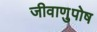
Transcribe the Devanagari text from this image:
जीवाणुपोष